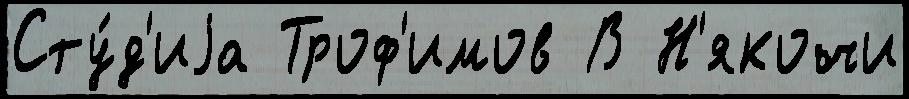
Сту́д'иjа Троф'имов В Н'якочи